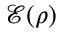
{ \mathcal { E } } ( \rho )